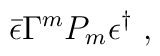
\bar \epsilon \Gamma^m P_m\epsilon^\dag\ ,